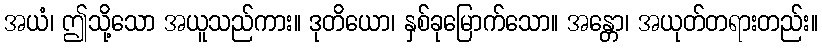
အယံ၊ ဤသို့သော အယူသည်ကား။ ဒုတိယော၊ နှစ်ခုမြောက်သော။ အန္တော၊ အယုတ်တရားတည်း။